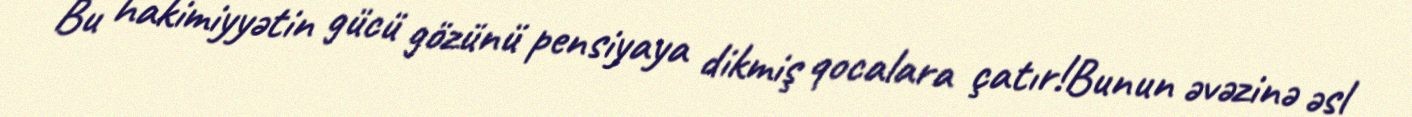
Bu hakimiyyətin gücü gözünü pensiyaya dikmiş qocalara çatır!Bunun əvəzinə əsl